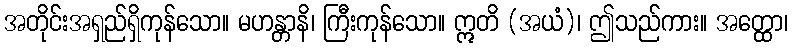
အတိုင်းအရှည်ရှိကုန်သော။ မဟန္တာနိ၊ ကြီးကုန်သော။ ဣတိ (အယံ)၊ ဤသည်ကား။ အတ္ထော၊